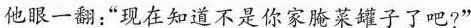
他眼一翻:“现在知道不是你家腌菜罐子了吧?”